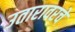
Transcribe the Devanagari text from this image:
उतारावरचे